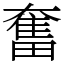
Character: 奮